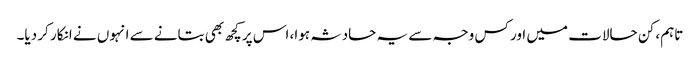
تاہم، کن حالات میں اور کس وجہ سے یہ حادثہ ہوا، اس پر کچھ بھی بتانے سے انہوں نے انکار کر دیا۔